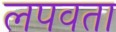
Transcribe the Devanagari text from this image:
लपवता